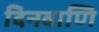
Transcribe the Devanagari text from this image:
दिनवाणि